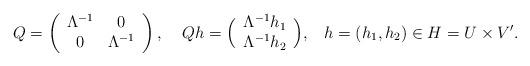
LaTeX: \begin{align*} Q= \left(\begin{array}[c]{cc}\Lambda^{-1} & 0\\0 & \Lambda^{-1}\end{array} \right),\;\;\;\; Q h = \Big(\begin{array}[c]{c}\Lambda^{-1} h_1 \\ \Lambda^{-1} h_2\end{array}\Big),\;\;\; h = (h_1, h_2 ) \in H = U \times V'. \end{align*}